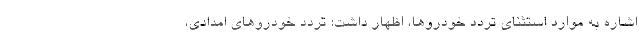
اشاره به موارد استثنای تردد خودروها، اظهار داشت: تردد خودروهای امدادی،